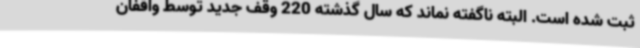
ثبت شده است. البته ناگفته نماند که سال گذشته 220 وقف جدید توسط واقفان